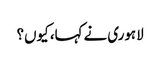
لاہوری نے کہا، کیوں؟